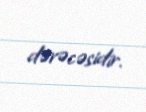
dərəcəsidir.